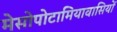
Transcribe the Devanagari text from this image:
मेसोपोटामियावासियों